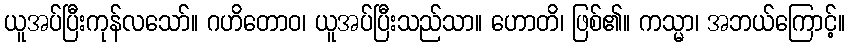
ယူအပ်ပြီးကုန်လသော်။ ဂဟိတောဝ၊ ယူအပ်ပြီးသည်သာ။ ဟောတိ၊ ဖြစ်၏။ ကသ္မာ၊ အဘယ်ကြောင့်။